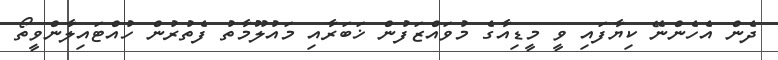
ދެން އެހެންނޭ ކިޔާފައި ވީ މީޑިއާގެ މުވައްޒަފުން ޚަބަރާއި މައުލޫމާތު ފެތުރުން ހުއްޓައިލާންވީތޯ